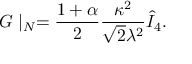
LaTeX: G \mid _ { N } = { \frac { 1 + \alpha } { 2 } } { \frac { \kappa ^ { 2 } } { \sqrt { 2 } \lambda ^ { 2 } } } \hat { I } _ { 4 } .